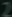
27